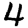
Digit: 4